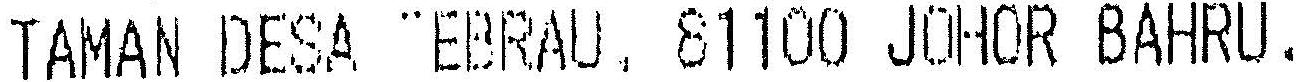
TAMAN DESA TEBRAU, 81100 JOHOR BAHRU.